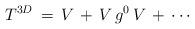
LaTeX: \begin{align*}T^{3D}\,=\,V\,+\,V\,g^0\,V\,+\,\cdots\end{align*}